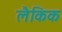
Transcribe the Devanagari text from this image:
लैकिक